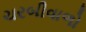
ચરબીવાળો